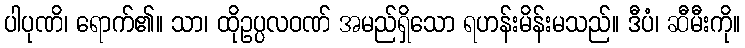
ပါပုဏိ၊ ရောက်၏။ သာ၊ ထိုဥပ္ပလဝဏ် အမည်ရှိသော ရဟန်းမိန်းမသည်။ ဒီပံ၊ ဆီမီးကို။